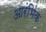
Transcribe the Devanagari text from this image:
आरंभिंक